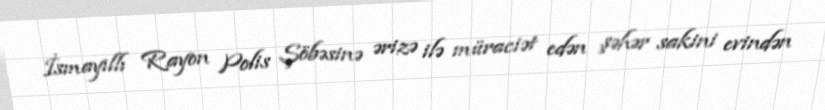
İsmayıllı Rayon Polis Şöbəsinə ərizə ilə müraciət edən şəhər sakini evindən